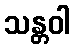
သန္တဝါ